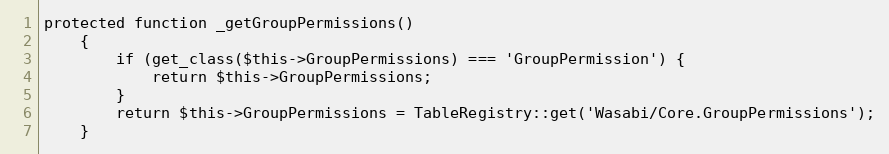
Language: PHP
protected function _getGroupPermissions()
    {
        if (get_class($this->GroupPermissions) === 'GroupPermission') {
            return $this->GroupPermissions;
        }
        return $this->GroupPermissions = TableRegistry::get('Wasabi/Core.GroupPermissions');
    }